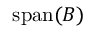
\operatorname { s p a n } ( B )